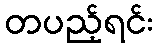
တပည့်ရင်း